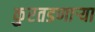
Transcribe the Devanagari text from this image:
कुरतडणाऱ्या